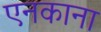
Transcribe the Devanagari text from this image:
एनकाना